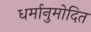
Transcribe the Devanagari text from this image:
धर्मानुमोदित